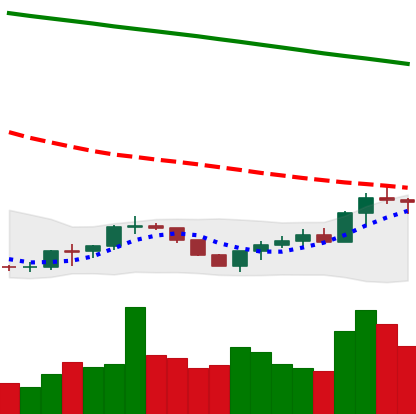
Ticker: BTC-USD
Chart end date: 2022-07-21
Forward return: -8.309%
Label: down_7plus